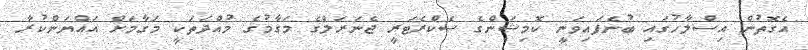
އެގޮތުން އިސްލާހުގައި ބުނެފައިވަނީ ކޮމިޝަންގެ ސެކްރެޓަރީ ޖެނަރަލްގެ މަގާމުގެ މުއްދަތަކީ މަގާމަށް އައްޔަންކުރާ